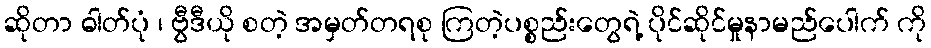
ဆိုတာ ဓါတ်ပုံ ၊ ဗွီဒီယို စတဲ့ အမှတ်တရစု ကြတဲ့ပစ္စည်းတွေရဲ့ ပိုင်ဆိုင်မှုနာမည်ပေါက် ကို